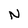
Character: N